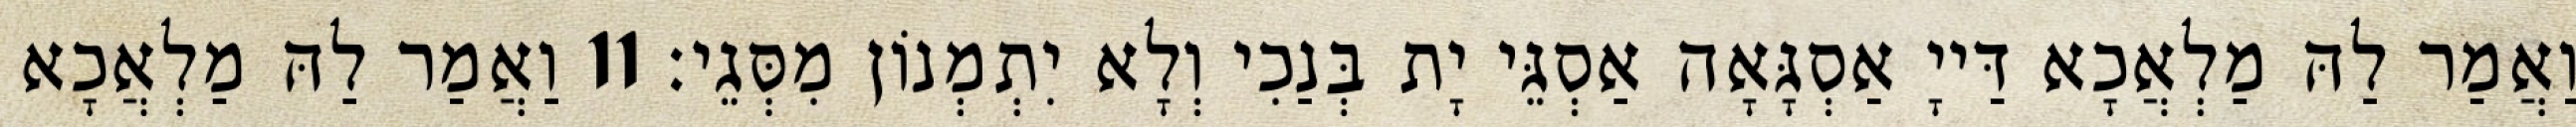
וַאֲמַר לַהּ מַלְאֲכָא דַּייָ אַסְגָּאָה אַסְגֵּי יָת בְּנַכִי וְלָא יִתְמְנוֹן מִסְּגֵי׃ 11 וַאֲמַר לַהּ מַלְאֲכָא